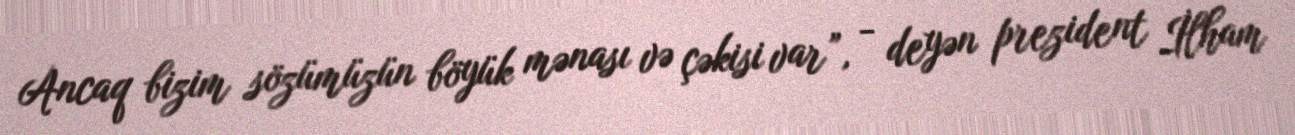
Ancaq bizim sözümüzün böyük mənası və çəkisi var”, - deyən prezident İlham